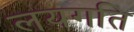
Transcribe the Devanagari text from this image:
लयगति